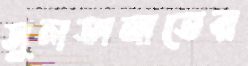
সুলতানাতের